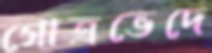
গোত্রভেদে